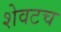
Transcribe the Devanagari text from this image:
शेवटच